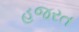
હજરત